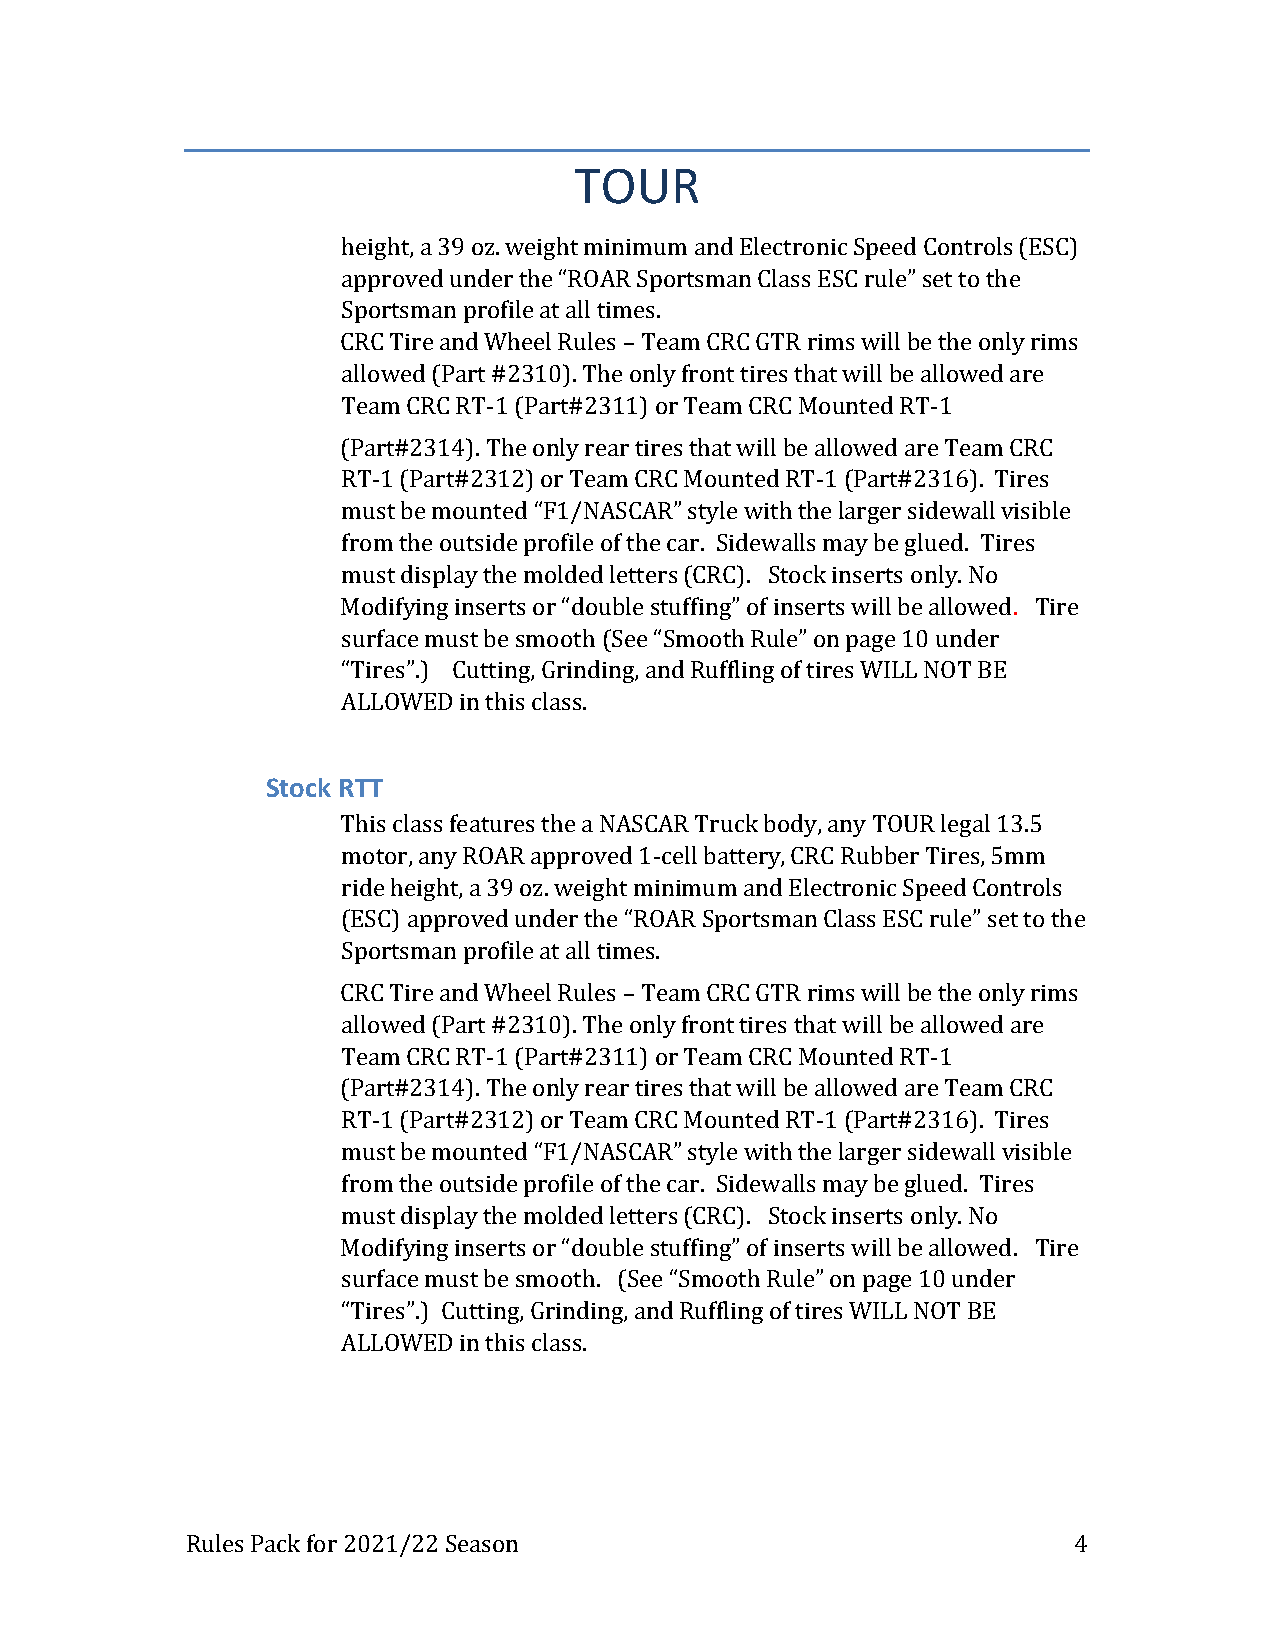
TOUR
 height, a 39 oz. weight minimum and Electronic Speed Controls (ESC)
 approved under the “ROAR Sportsman Class ESC rule” set to the
 Sportsman profile at all times.
 CRC Tire and Wheel Rules – Team CRC GTR rims will be the only rims
 allowed (Part #2310). The only front tires that will be allowed are
 Team CRC RT-1 (Part#2311) or Team CRC Mounted RT-1
 (Part#2314). The only rear tires that will be allowed are Team CRC
 RT-1 (Part#2312) or Team CRC Mounted RT-1 (Part#2316). Tires
 must be mounted “F1/NASCAR” style with the larger sidewall visible
 from the outside profile of the car. Sidewalls may be glued. Tires
 must display the molded letters (CRC). Stock inserts only. No
 Modifying inserts or “double stuffing” of inserts will be allowed. Tire
 surface must be smooth (See “Smooth Rule” on page 10 under
 “Tires”.) Cutting, Grinding, and Ruffling of tires WILL NOT BE
 ALLOWED in this class.
 Stock RTT
 This class features the a NASCAR Truck body, any TOUR legal 13.5
 motor, any ROAR approved 1-cell battery, CRC Rubber Tires, 5mm
 ride height, a 39 oz. weight minimum and Electronic Speed Controls
 (ESC) approved under the “ROAR Sportsman Class ESC rule” set to the
 Sportsman profile at all times.
 CRC Tire and Wheel Rules – Team CRC GTR rims will be the only rims
 allowed (Part #2310). The only front tires that will be allowed are
 Team CRC RT-1 (Part#2311) or Team CRC Mounted RT-1
 (Part#2314). The only rear tires that will be allowed are Team CRC
 RT-1 (Part#2312) or Team CRC Mounted RT-1 (Part#2316). Tires
 must be mounted “F1/NASCAR” style with the larger sidewall visible
 from the outside profile of the car. Sidewalls may be glued. Tires
 must display the molded letters (CRC). Stock inserts only. No
 Modifying inserts or “double stuffing” of inserts will be allowed. Tire
 surface must be smooth. (See “Smooth Rule” on page 10 under
 “Tires”.) Cutting, Grinding, and Ruffling of tires WILL NOT BE
 ALLOWED in this class.
 Rules Pack for 2021/22 Season                              4